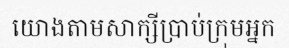
យោងតាមសាក្សីប្រាប់ក្រុមអ្នក